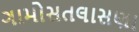
ગામોસતલાસણા